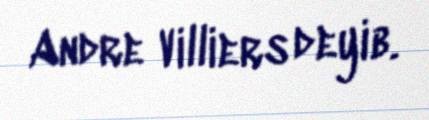
Andre Villiers deyib.